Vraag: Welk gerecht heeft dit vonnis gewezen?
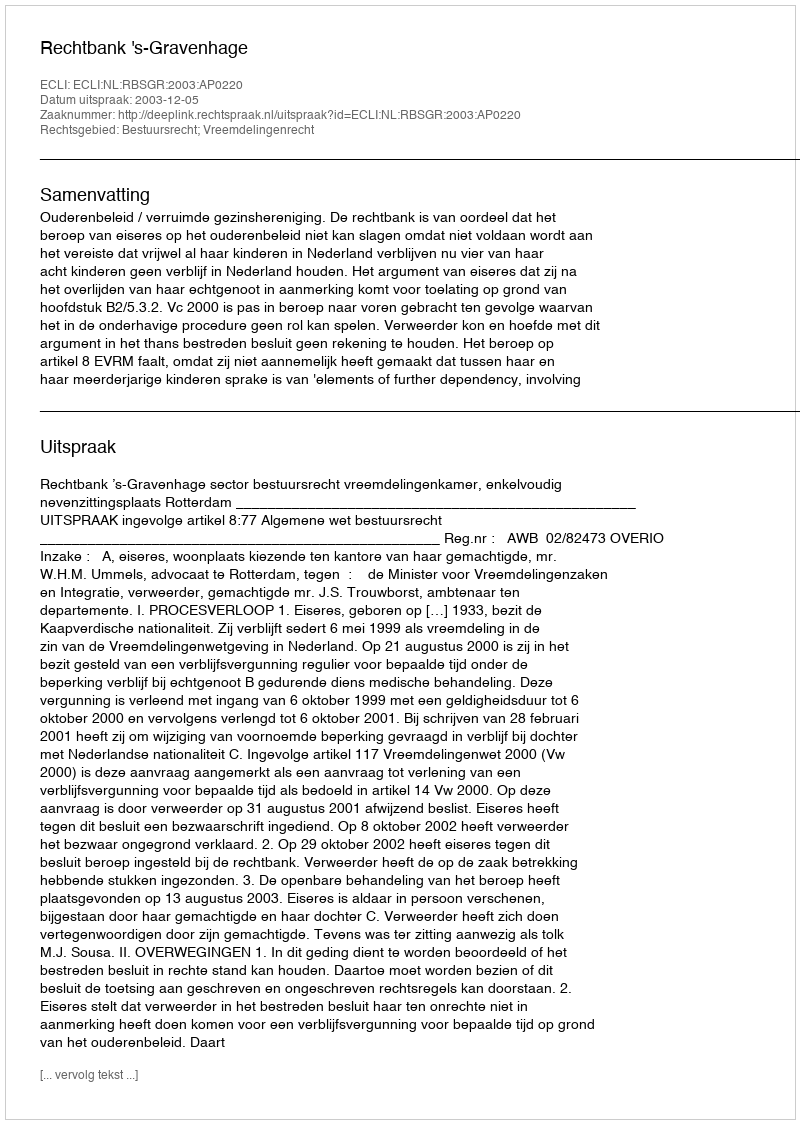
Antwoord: Rechtbank 's-Gravenhage